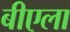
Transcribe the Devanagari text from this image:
बीएला